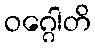
ဝဂ္ဂေါတိ